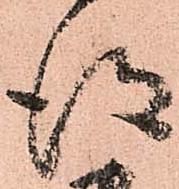
得